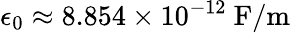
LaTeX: \epsilon_{0}\approx 8.854\times 10^{-12}\ \mathrm{F/m}